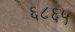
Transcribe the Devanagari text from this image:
६८६५